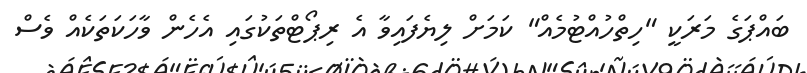
ބައްޕަގެ މަރަކީ "ހިތްހުއްޓުމެއް" ކަމަށް ލިޔެފައިވާ އެ ރިޕޯޓްތަކުގައި އެހެން ވާހަކަތަކެއް ވެސް